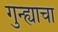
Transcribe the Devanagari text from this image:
गुन्ह्याचा